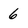
Character: 6